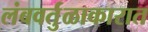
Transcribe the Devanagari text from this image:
लंबवर्तुळाकारात